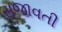
સજાવતી